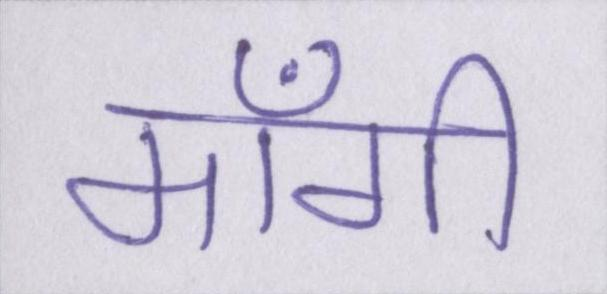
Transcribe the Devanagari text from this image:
माँगी